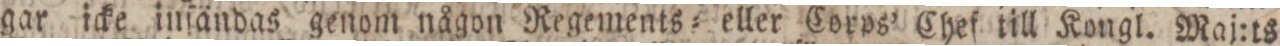
gar icke inſändas genom någon Regements= eller Corps’ Chef till Kongl. Maj:ts